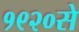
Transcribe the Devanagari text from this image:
१९२०से